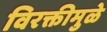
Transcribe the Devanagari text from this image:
विरक्तीमुळे